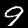
Digit: 9